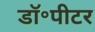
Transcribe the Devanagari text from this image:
डॉ॰पीटर